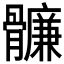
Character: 𩪬